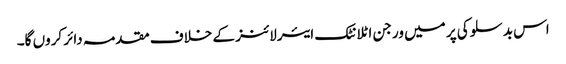
اس بدسلوکی پر میں ورجن اٹلانٹک ایئرلائنز کے خلاف مقدمہ دائر کروں گا۔